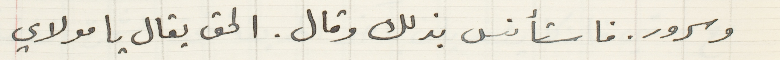
وسرور. فاستأنس بذلك وقال. الحق يقال يا مولاي